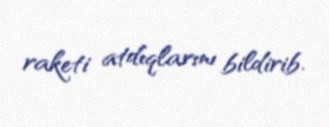
raketi atdıqlarını bildirib.